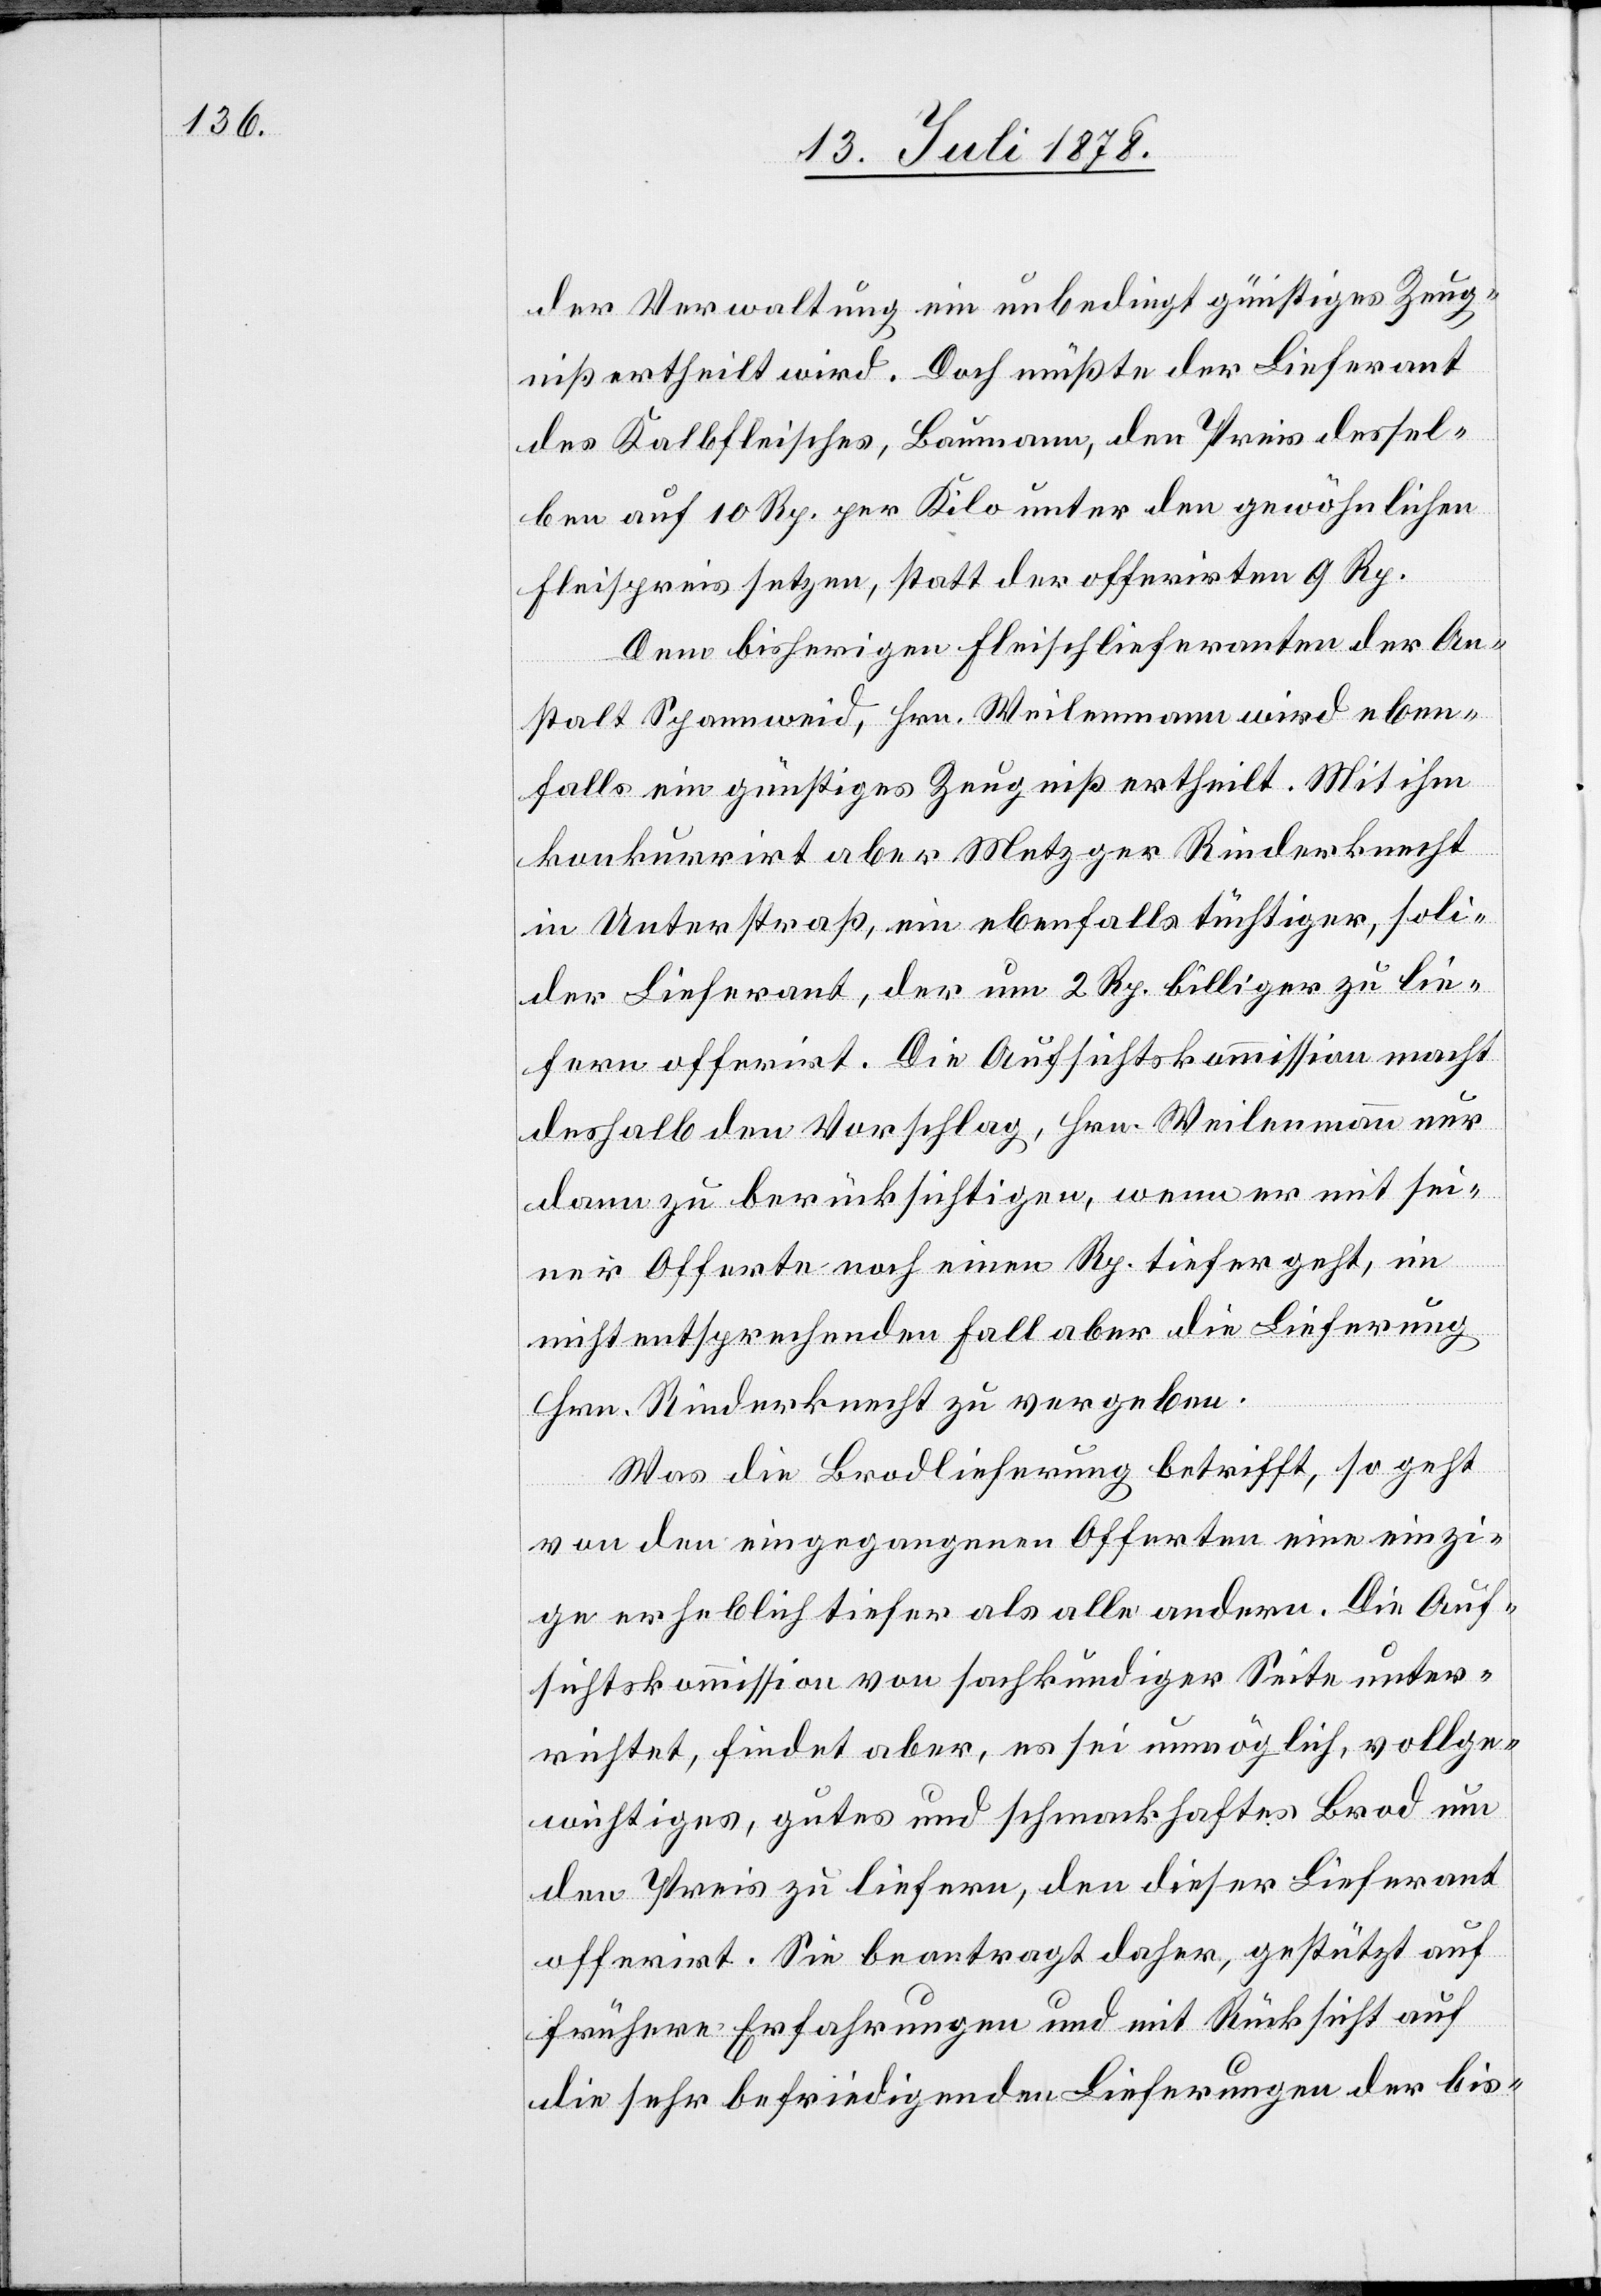
der Verwaltung ein unbedingt günstiges Zeug¬
niß ertheilt wird. Doch müßte der Lieferant
des Kalbfleisches, Baumann, den Preis dessel¬
ben auf 10 Rp. per Kilo unter den gewöhnlichen
Fleis[ch]preis setzen, statt der offerirten 9 Rp.
Dem bisherigen Fleischlieferanten der An¬
stalt Spannweid, Hrn. Weilenmann wird eben¬
falls ein günstiges Zeugniß ertheilt. Mit ihm
konkurrirt aber Metzger Rinderknecht
in Unterstraß, ein ebenfalls tüchtiger, soli¬
der Lieferant, der um 2 Rp. billiger zu lie¬
fern offerirt. Die Aufsichtskommission macht
deshalb den Vorschlag, Hrn. Weilenmann nur
dann zu berücksichtigen, wenn er mit sei¬
ner Offerte noch einen Rp. tiefer geht, im
nicht entsprechenden Fall aber die Lieferung
Hrn. Rinderknecht zu vergeben.
Was die Brodlieferung betrifft, so geht
von den eingegangenen Offerten eine einzi¬
ge erheblich tiefer als alle andern. Die Auf¬
sichtskommission von sachkundiger Seite unter¬
richtet, findet aber, es sei unmöglich, vollge¬
wichtiges, gutes und schmackhaftes Brod um
den Preis zu liefern, den dieser Lieferant
offerirt. Sie beantragt daher, gestützt auf
frühere Erfahrungen und mit Rücksicht auf
die sehr befriedigenden Lieferungen der bis-